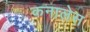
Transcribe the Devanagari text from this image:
कनालेस